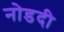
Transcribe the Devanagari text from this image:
नोडदी